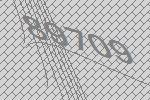
89709